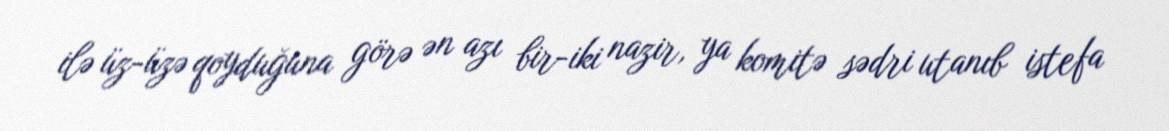
ilə üz-üzə qoyduğuna görə ən azı bir-iki nazir, ya komitə sədri utanıb istefa